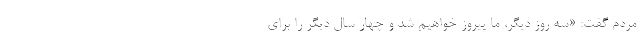
مردم گفت: «سه روز دیگر، ما پیروز خواهیم شد و چهار سال دیگر را برای